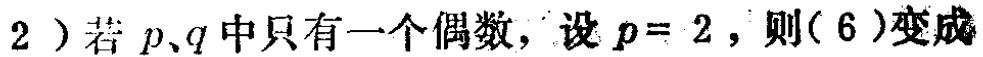
2）若 \(p、q\) 中只有一个偶数，设 \(p = 2\)，则\((6)\)变成